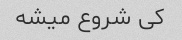
کی شروع میشه